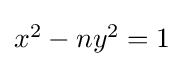
\textstyle x^{2}-ny^{2}=1